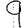
Digit: 9